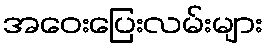
အဝေးပြေးလမ်းများ